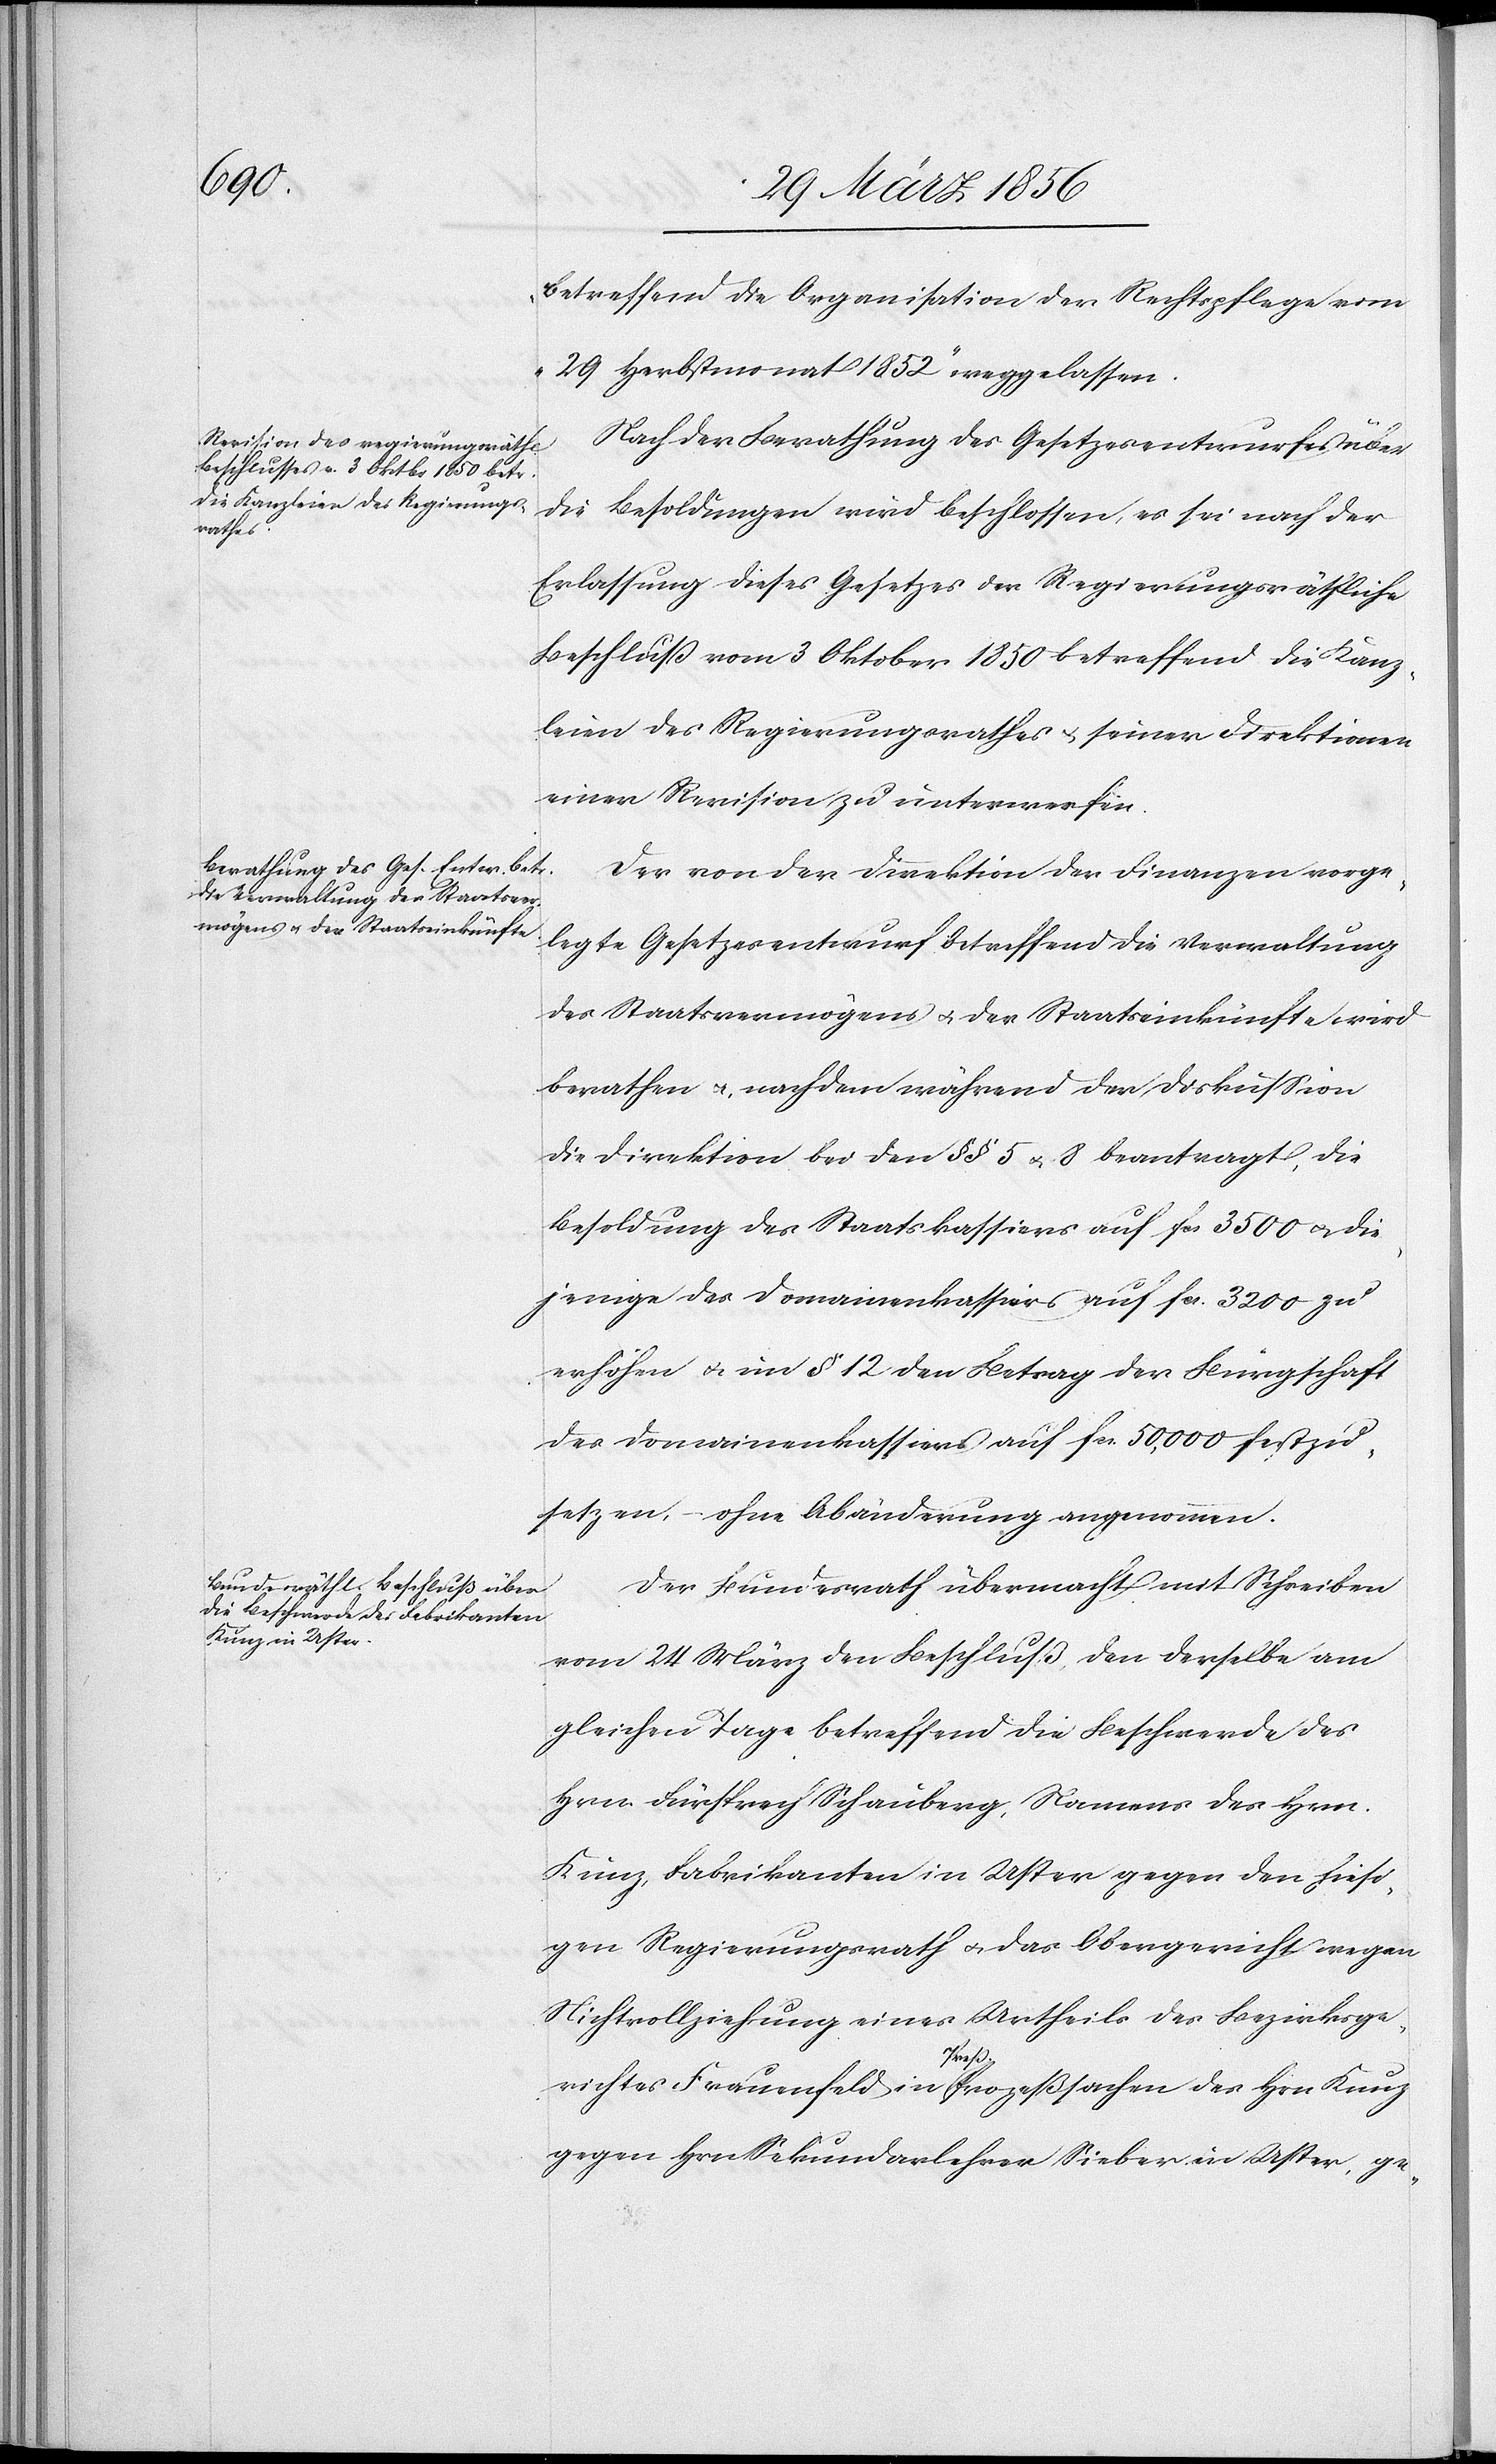
„betreffend die Organisation der Rechtspflege vom
29 Herbstmonat 1852“ weggelassen.
Nach der Berathung des Gesetzesentwurfes über
die Besoldungen wird beschlossen, es sei nach der
Erlassung dieses Gesetzes der Regierungsräthliche
Beschluß vom 3 Oktober 1850 betreffend die Kanz¬
leien des Regierungsrathes u. seiner Direktionen
einer Revision zu unterwerfen.
Der von der Direktion der Finanzen vorge¬
legte Gesetzesentwurf betreffend die Verwaltung
des Staatsvermögens u. der Staatseinkünfte wird
berathen u., nachdem während der Diskussion
die Direktion bei den §§ 5 u. 8 beantragt, die
Besoldung des Staatskassiers auf fcs 3500 u. die¬
jenige des Domainenkassiers auf fcs. 3200 zu
erhöhen u. um § 12 den Betrag der Bürgschaft
des Domainenkassiers auf fcs. 50,000 festzu¬
setzen, – ohne Abänderung angenommen.
Der Bundesrath übermacht mit Schreiben
vom 24 März den Beschluß, den derselbe am
gleichen Tage betreffend die Beschwerde des
Hrn. Fürsprech Schauberg, Namens des Hrn.
Kunz, Fabrikanten in Uster gegen den hiesi¬
gen Regierungsrath u. das Obergericht wegen
Nichtvollziehung eines Urtheils des Bezirksge¬
richtes
gegen Hrn Sekundarlehrer Sieber in Uster, ge-
des